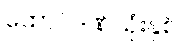
ထောင်ဒဏ်သုံးနှစ်